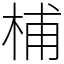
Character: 㭪